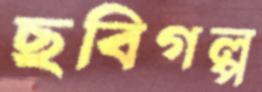
ছবিগল্প